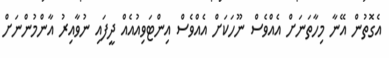
އެގޮތުން އޭނާ މިހާތަނަށް އެއްވެސް ނޫހަކަށް އެއްވެސް އިންޓަވިއުއެއް ދީފައި ނުވާއިރު އާންމުންނަށް